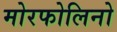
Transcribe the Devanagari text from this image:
मोरफोलिनो